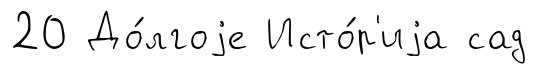
20 До́лгоjе Исто́р'иjа сад